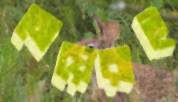
মেয়েরাই